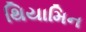
થિયામિન